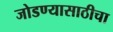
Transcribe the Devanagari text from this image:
जोडण्यासाठीचा